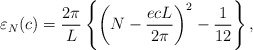
\begin{align*} {\varepsilon}_N(c)=\frac{2 \pi}{L}\left\{\left( N- \frac{ecL}{2 \pi} \right)^2-\frac{1}{12}\right\},\end{align*}